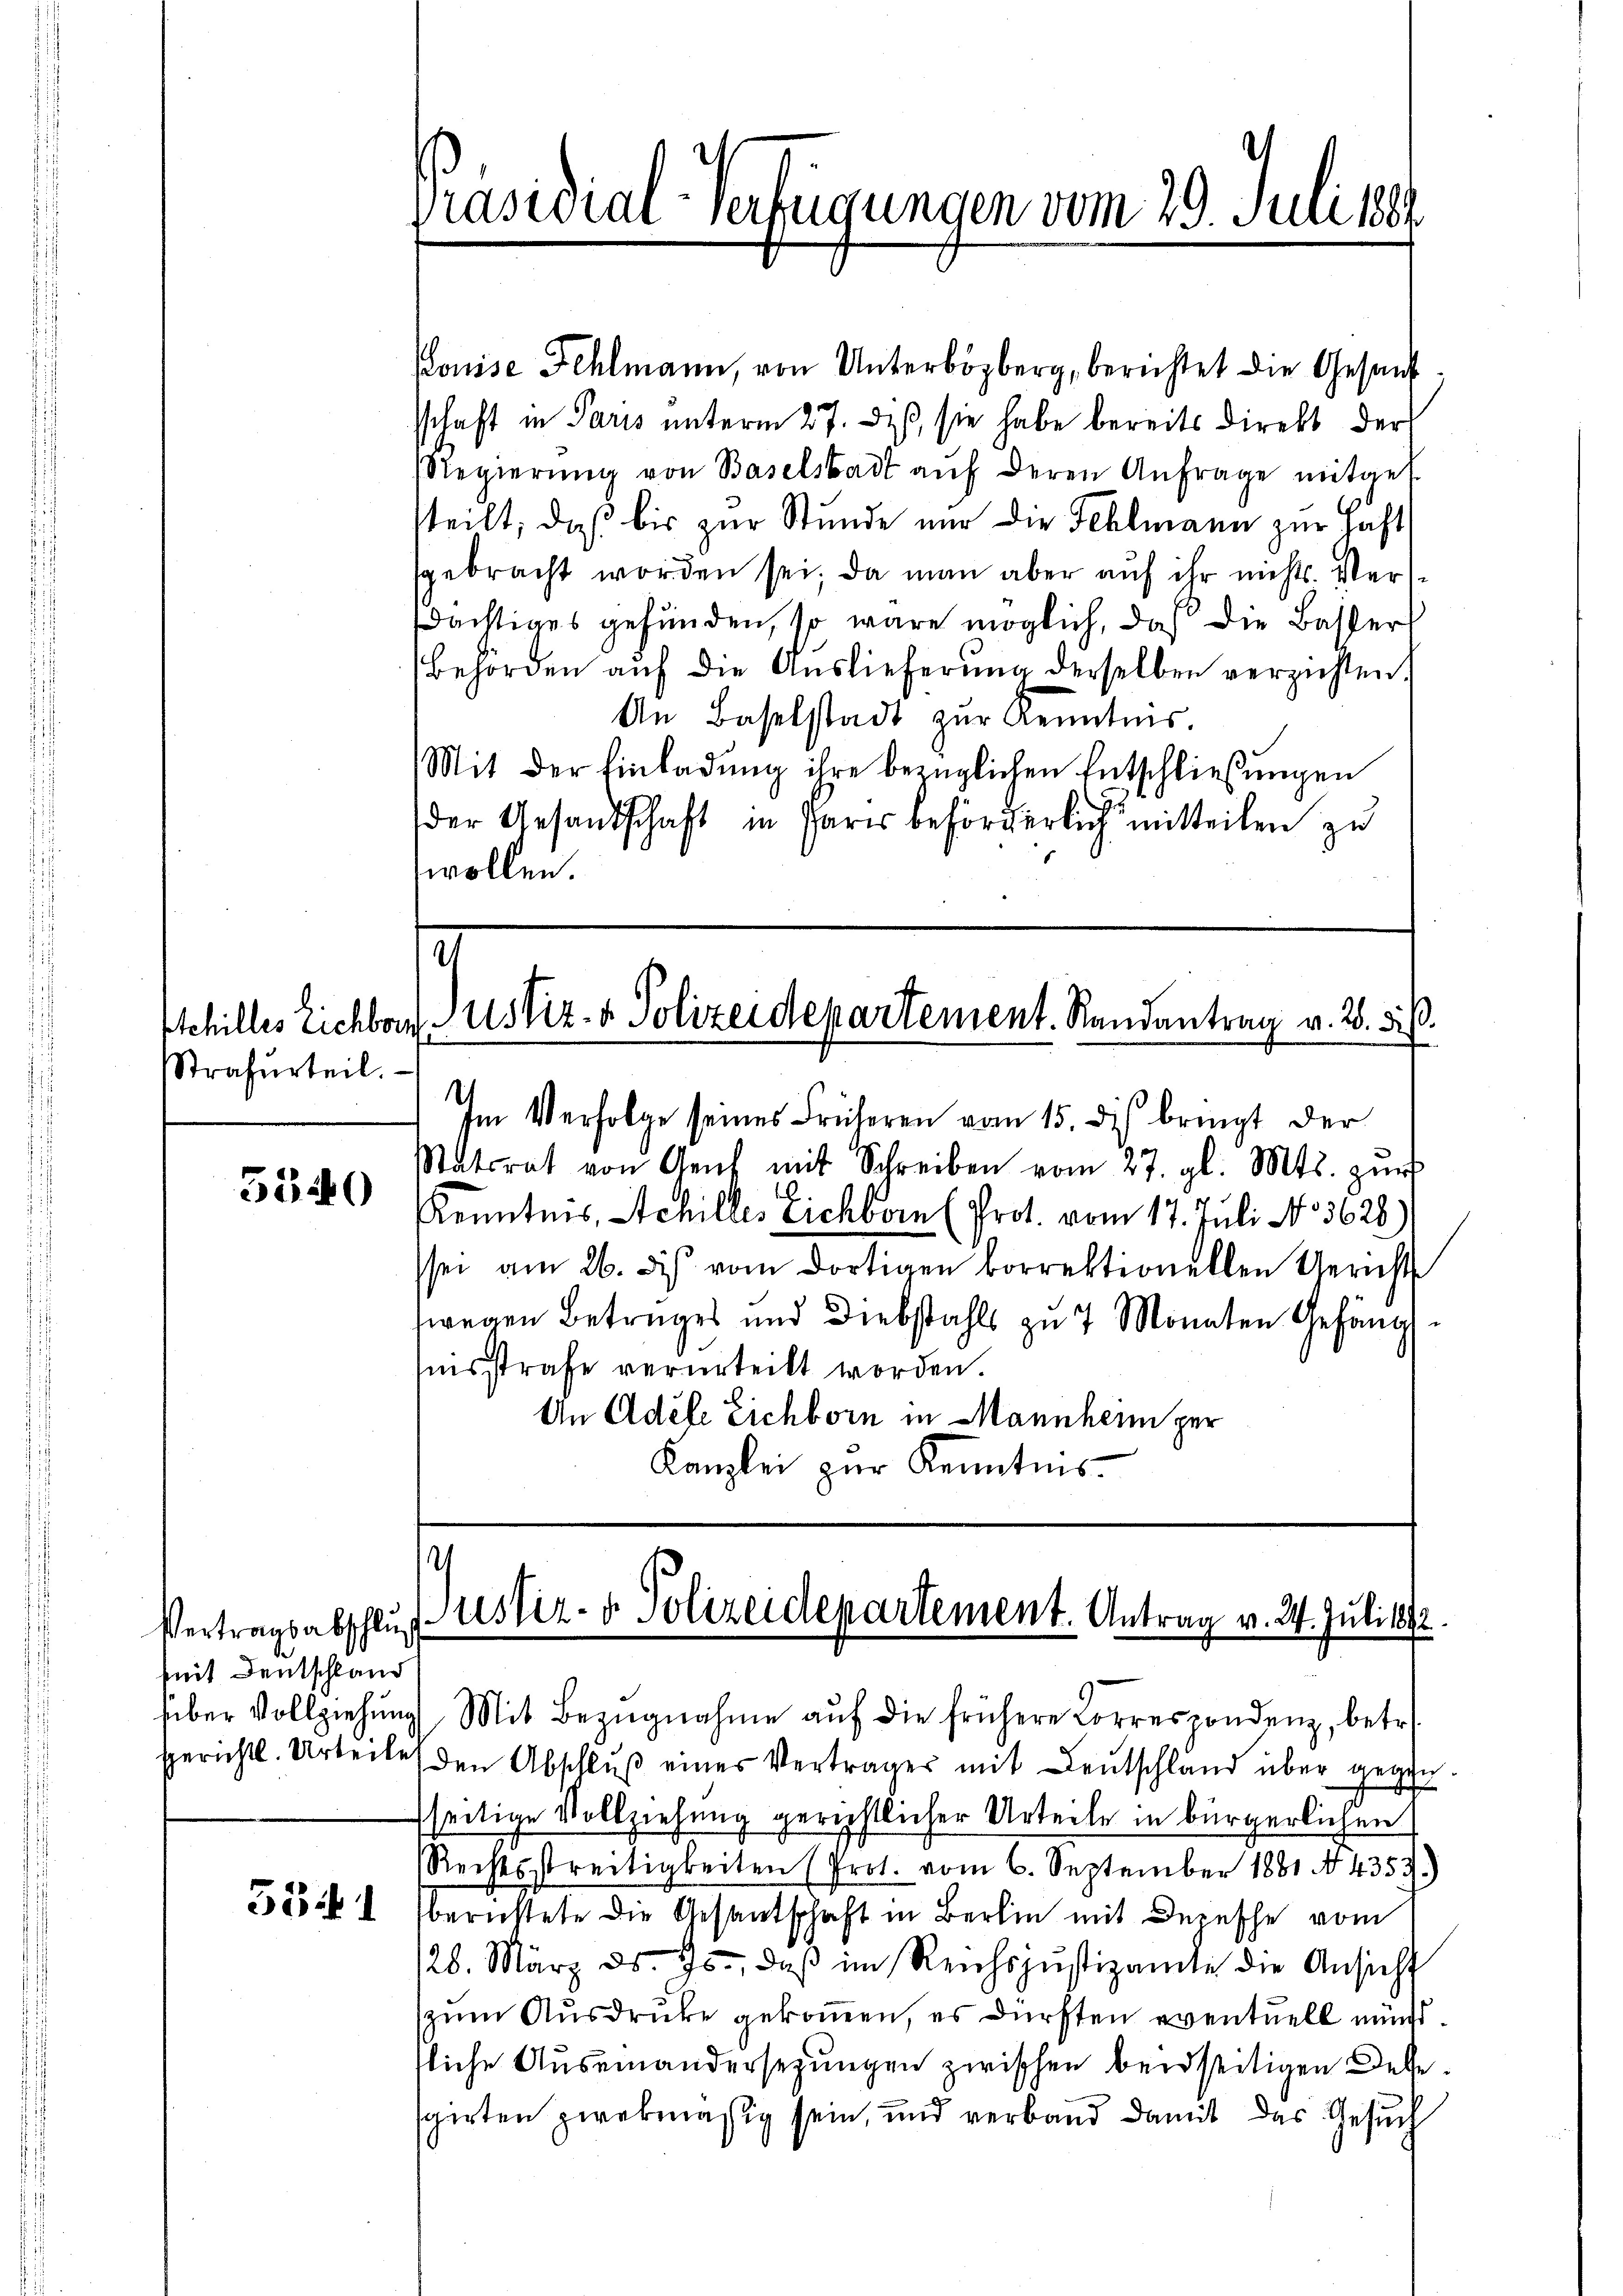
Strafurteil.

5540

Vertragsabschlus
mit Deutschland

53 f. 1

Präsidial-Verfügungen vom 29. Juni 1884

ouise Fehlmann, von Unterbozberg, berichtet die Gesand
sschaft in Paris unterm 27. des sie habe bereits direkt der
Regierŭng von Baselstadt aŭf deren Anfrage mitgef
steilt, daß bis zur Stunde nur die Fehlmann zur Haft
sgebracht worden sei; da man aber auf ihr nichts. Verdächtiges gefunden, so wäre möglich, daß die Basser
Behörden aŭf die Auslieferŭng derselben verzichten.
An Baselstadt zŭr Kenntnis.
Mit der Einladŭng ihre bezüglichen Entschließungen
der Gesandschaft in Par beförderlich mitteilen zu
wollen.

4
Ischilles Eichbar ustiz- & Polizeidepartement. Randantrag v. 28. d. h.

Im Verfolge seines Früheren vom 15. dis bringt der
Satsrat von Genf mit Schreiben vom 27. gl. Mts. zŭr
.
Kenntnis, Achilles eichbarn (Prot. vom 17. Juli No 3628)
sei am 26. des vom dortigen korrektionellen Gericht
wegen Betruges und Diebstahls zu 7 Monaten Gefängnisstrafe verurteilt worden.
An Adele Eichborn in Mannheim per
Kanzlei zur Kenntnis.

.
Justiz- & Polizeidepartement. Antrag v. 24. Juli 1892.

über Vollziehŭng Mit Bezŭgnahme aŭf die frühere Lorrespondenz, betr.
gerichtl. Urteilen den Abschlŭβ eines Verträger mit Leŭtschland über gegen
seitige Vollziehung gerechtlicher Urteile in bürgerlichen
Rechtsstreitigkeiten (Prot. vom 6. September 1881 435.)
berichtete die Gesantschaft in Berlin mit Deinsche vom
28. März d. Js., daβ im Reichsjŭstizamte die Ansicht
zum Ausdrucke gekommen, es dürften eventuell mündsliche Auseinandersetzungen zwischen beidseitigen Desegirten zwekmäßig sein, und verband damit das Gesuch